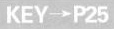
KEY→P25